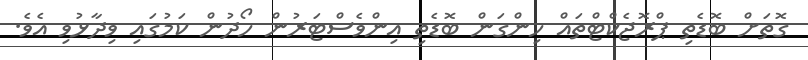
ގޮތަށް ބޮޑެތި ޕްރޮޖެކްޓްތައް ހިންގަން ބޮޑެތި އިންވެސްޓަރުން ހޯދުން ކަމުގައި ވިދާޅުވި އެވެ.